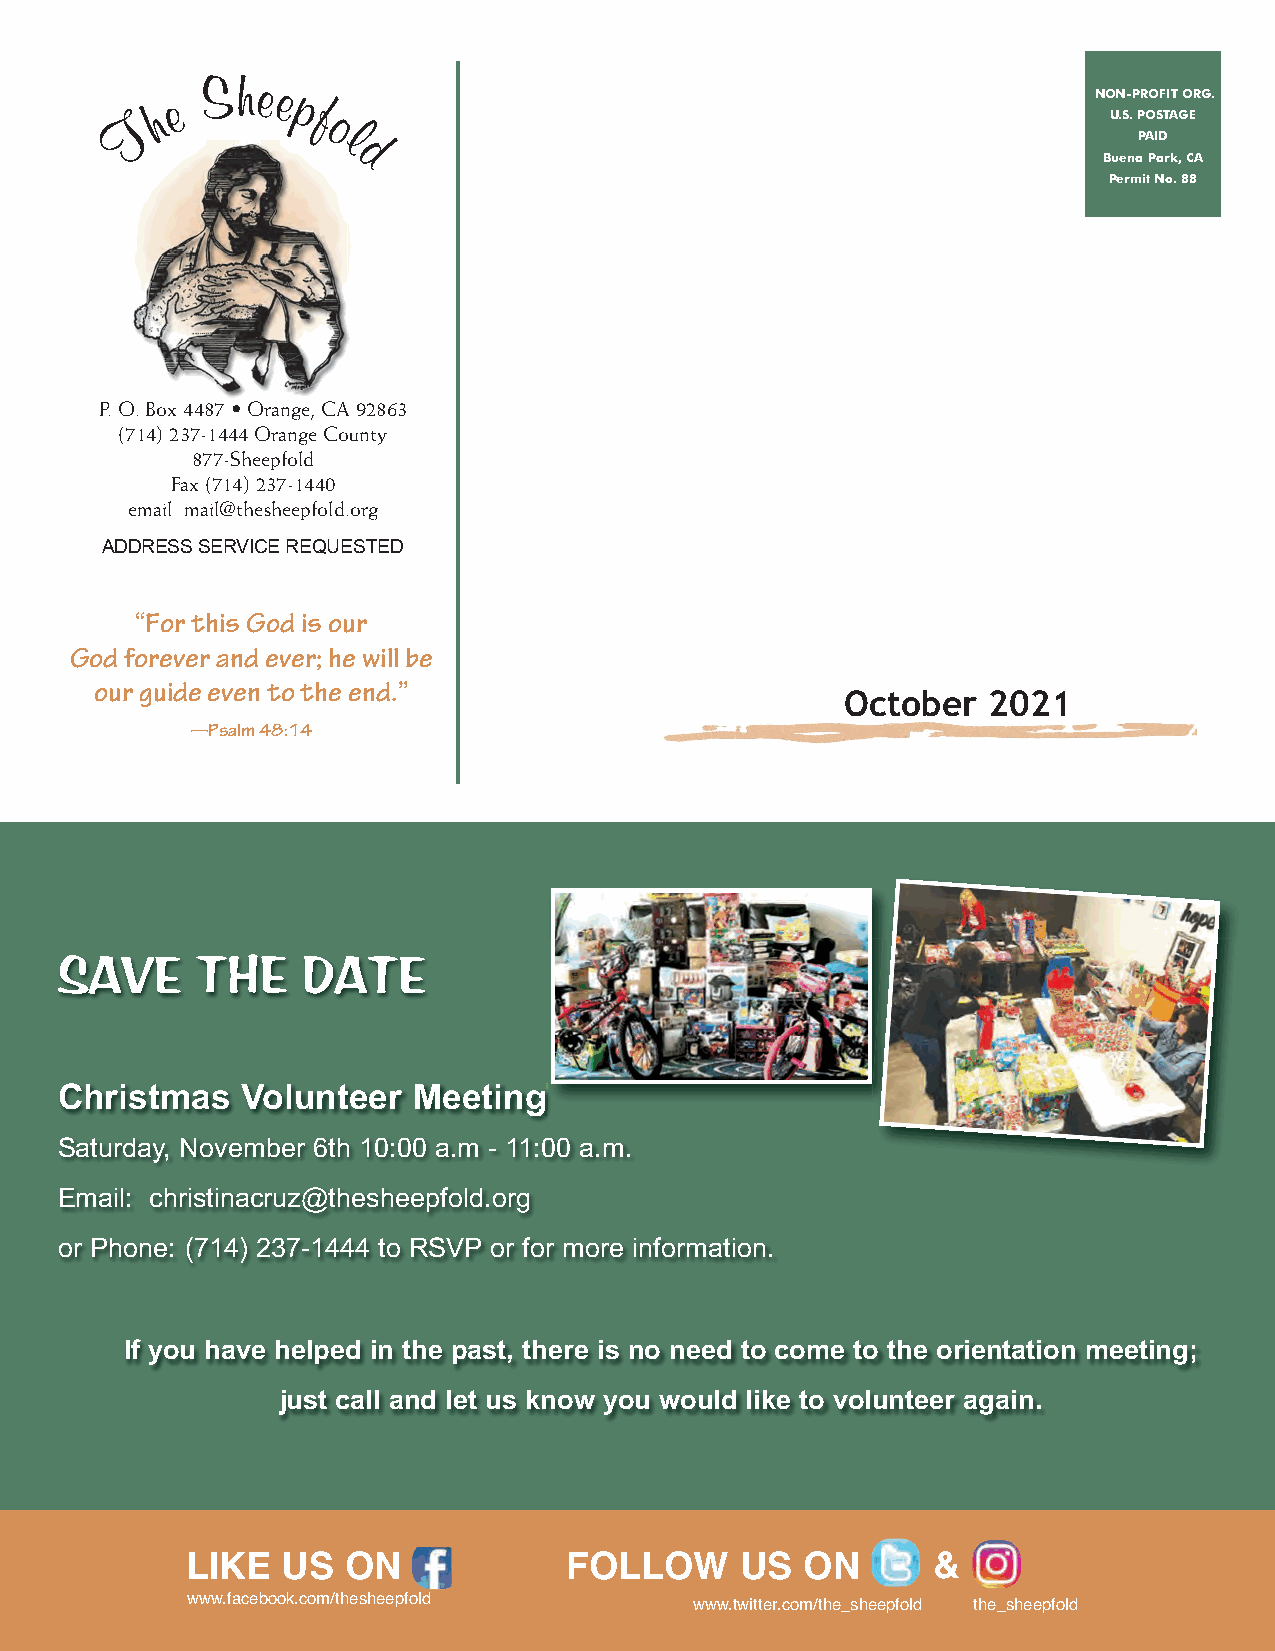
S hee
 e       p
 h           f                                                  NON-PROFIT ORG.
 T             o
 l                                                 U.S. POSTAGE
 d                                                  PAID
 Buena Park, CA
 Permit No. 88
 P. O. Box 4487 • Orange, CA 92863
 (714) 237-1444 Orange County
 877-Sheepfold
 Fax (714) 237-1440
 email mail@thesheepfold.org
 ADDRESS SERVICE REQUESTED
 “For this God is our
 God forever and ever; he will be
 our guide even to the end.”                       October  2021
 —Psalm 48:14
 SAVE     THE    DATE
 Christmas   Volunteer  Meetingg
 Saturday, November 6th 10:00 a.m - 11:00 a.m.
 Email: christinacruz@thesheepfold.org
 or Phone: (714) 237-1444 to RSVP or for more information.
 If you have helped in the past, there is no need to come to the orientation meeting;
 just call and let us know you would like to volunteer again.
 LIKE   US  ON            FOLLOW      US  ON       &
 www.facebook.com/thesheepfold     www.twitter.com/the_sheepfold the_sheepfold